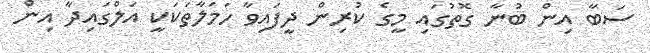
ސަބާ އިން ބުނާ ގޮތުގައި މީގެ ކުރިން ދީފައިވާ ހަމަލާތަކަކީ އަލްގައިދާ އިން